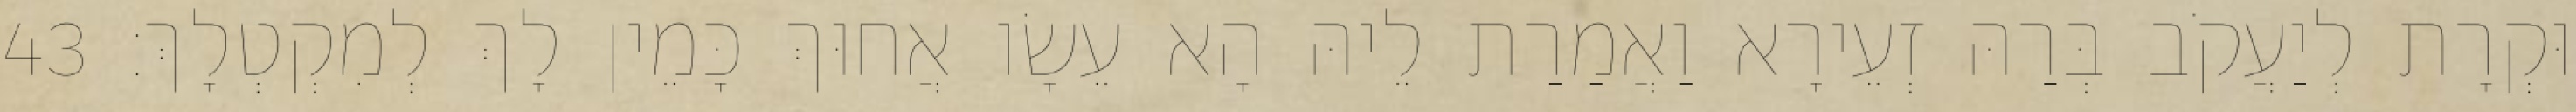
וּקְרָת לְיַעֲקֹב בְּרַהּ זְעֵירָא וַאֲמַרַת לֵיהּ הָא עֵשָׂו אֲחוּךְ כָּמֵין לָךְ לְמִקְטְלָךְ׃ 43